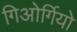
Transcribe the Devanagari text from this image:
गिओर्गियो